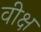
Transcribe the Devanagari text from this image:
वीक्ष